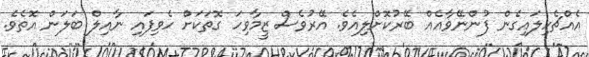
އެއްޗެހިލައިގެން ފުންނޭވާއެއް ބޭރުކޮށްލިއެވެ. އޭރުވެސް ޒީމާވިހަ ގޮތަކަށް ހެވިފައި ނާއިލް ބަލަން އޮތެވެ.